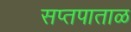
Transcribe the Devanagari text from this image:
सप्तपाताळ